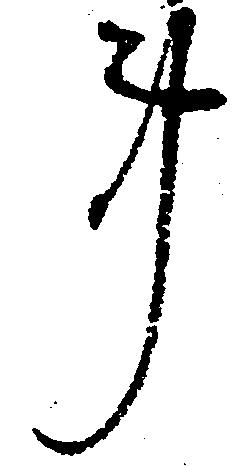
事